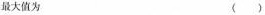
最大值为 （）